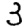
Digit: 3